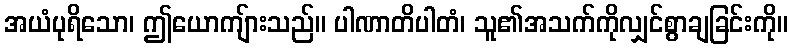
အယံပုရိသော၊ ဤယောကျ်ားသည်။ ပါဏာတိပါတံ၊ သူ၏အသက်ကိုလျှင်စွာချခြင်းကို။